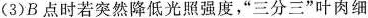
(3)B点时若突然降低光照强度，”三分三”叶肉细